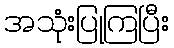
အသုံးပြုကြပြီး